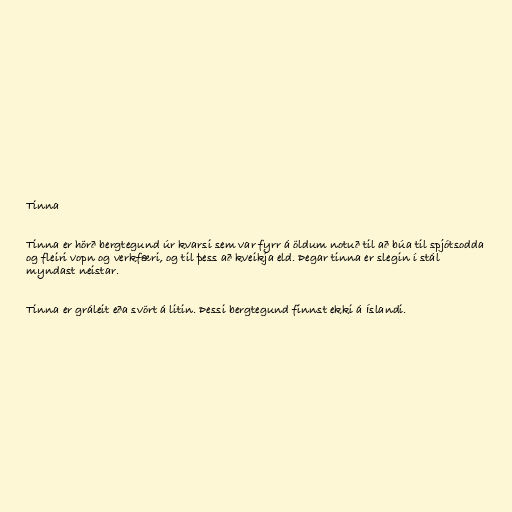
Tinna

Tinna er hörð bergtegund úr kvarsi sem var fyrr á öldum notuð til að búa til spjótsodda
og fleiri vopn og verkfæri, og til þess að kveikja eld. Þegar tinna er slegin í stál
myndast neistar.

Tinna er gráleit eða svört á litin. Þessi bergtegund finnst ekki á Íslandi.